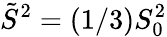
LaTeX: \tilde{S}^{2}=(1/3)S_{0}^{2}